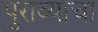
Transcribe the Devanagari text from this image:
पुराव्याचा